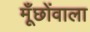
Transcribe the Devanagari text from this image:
मूँछोंवाला